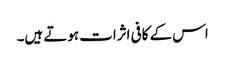
اس کے کافی اثرات ہوتے ہیں۔